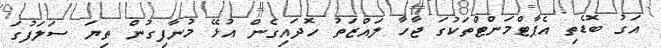
އަގު ބޮޑެތި އެޕާޓްމަންޓްތަކުގަ ޖާހާ ލައްޒަތު ހަޮދައިގެން އުޅޭ މުނާފިގުން ތިޔަ ސަލަފުގަ